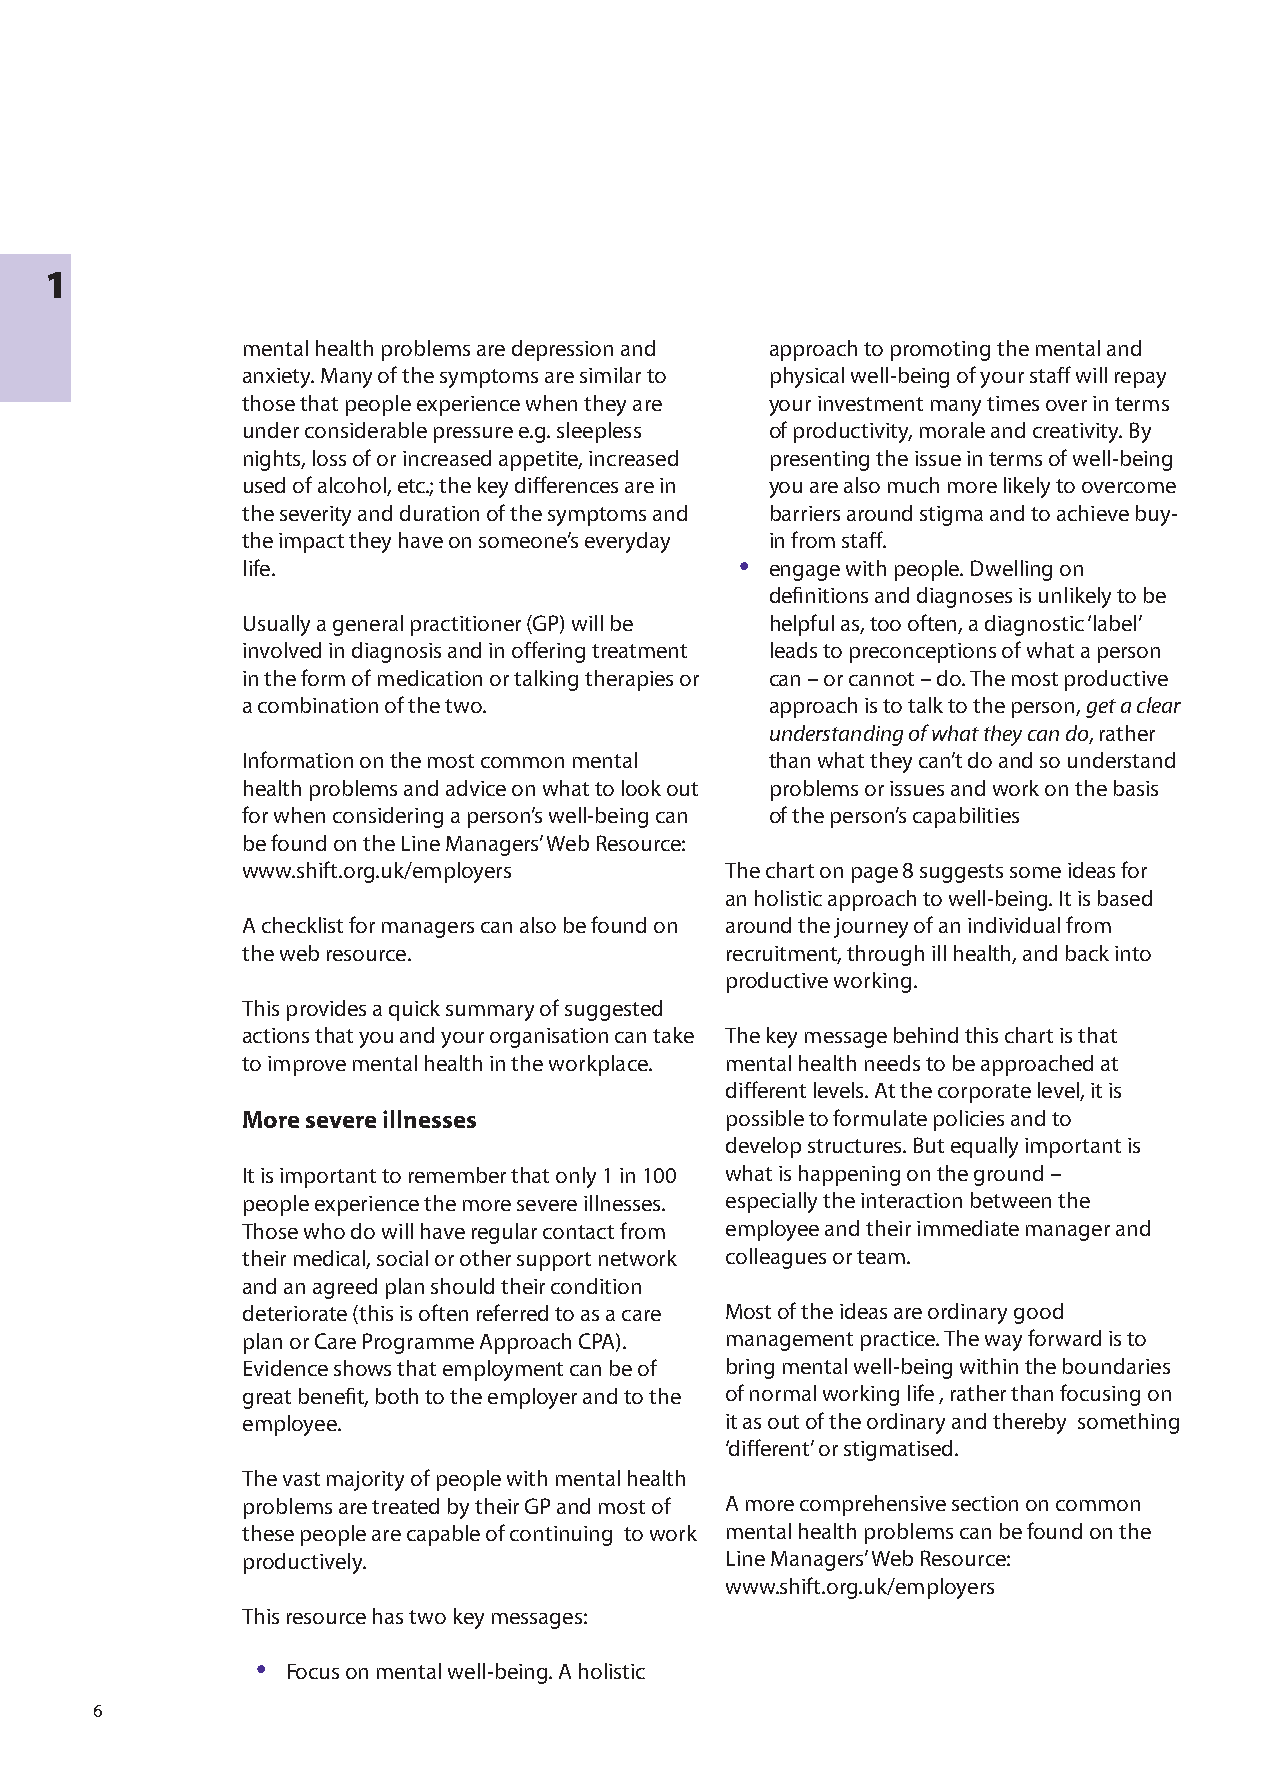
1
 mental health problems are depression and approach to promoting the mental and
 anxiety. Many of the symptoms are similar to physical well-being of your staff will repay
 those that people experience when they are your investment many times over in terms
 under considerable pressure e.g. sleepless of productivity, morale and creativity. By
 nights, loss of or increased appetite, increased presenting the issue in terms of well-being
 used of alcohol, etc.; the key differences are in you are also much more likely to overcome
 the severity and duration of the symptoms and barriers around stigma and to achieve buy-
 the impact they have on someone’s everyday in from staff.
 •
 life.                              engage with people. Dwelling on
 definitions and diagnoses is unlikely to be
 Usually a general practitioner (GP) will be helpful as, too often, a diagnostic ‘label’
 involved in diagnosis and in offering treatment leads to preconceptions of what a person
 in the form of medication or talking therapies or can – or cannot – do. The most productive
 a combination of the two.          approach is to talk to the person, get a clear
 understanding of what they can do, rather
 Information on the most common mental than what they can’t do and so understand
 health problems and advice on what to look out problems or issues and work on the basis
 for when considering a person’s well-being can of the person’s capabilities
 be found on the Line Managers’ Web Resource:
 www.shift.org.uk/employers      The chart on page 8 suggests some ideas for
 an holistic approach to well-being. It is based
 A checklist for managers can also be found on around the journey of an individual from
 the web resource.               recruitment, through ill health, and back into
 productive working.
 This provides a quick summary of suggested
 actions that you and your organisation can take The key message behind this chart is that
 to improve mental health in the workplace. mental health needs to be approached at
 different levels. At the corporate level, it is
 More severe illnesses           possible to formulate policies and to
 develop structures. But equally important is
 It is important to remember that only  in 00 what is happening on the ground –
 people experience the more severe illnesses. especially the interaction between the
 Those who do will have regular contact from employee and their immediate manager and
 their medical, social or other support network colleagues or team.
 and an agreed plan should their condition
 deteriorate (this is often referred to as a care Most of the ideas are ordinary good
 plan or Care Programme Approach CPA). management practice. The way forward is to
 Evidence shows that employment can be of bring mental well-being within the boundaries
 great benefit, both to the employer and to the of normal working life , rather than focusing on
 employee.                       it as out of the ordinary and thereby something
 ‘different’ or stigmatised.
 The vast majority of people with mental health
 problems are treated by their GP and most of A more comprehensive section on common
 these people are capable of continuing to work mental health problems can be found on the
 productively.                   Line Managers’ Web Resource:
 www.shift.org.uk/employers
 This resource has two key messages:
 •
 Focus on mental well-being. A holistic
 